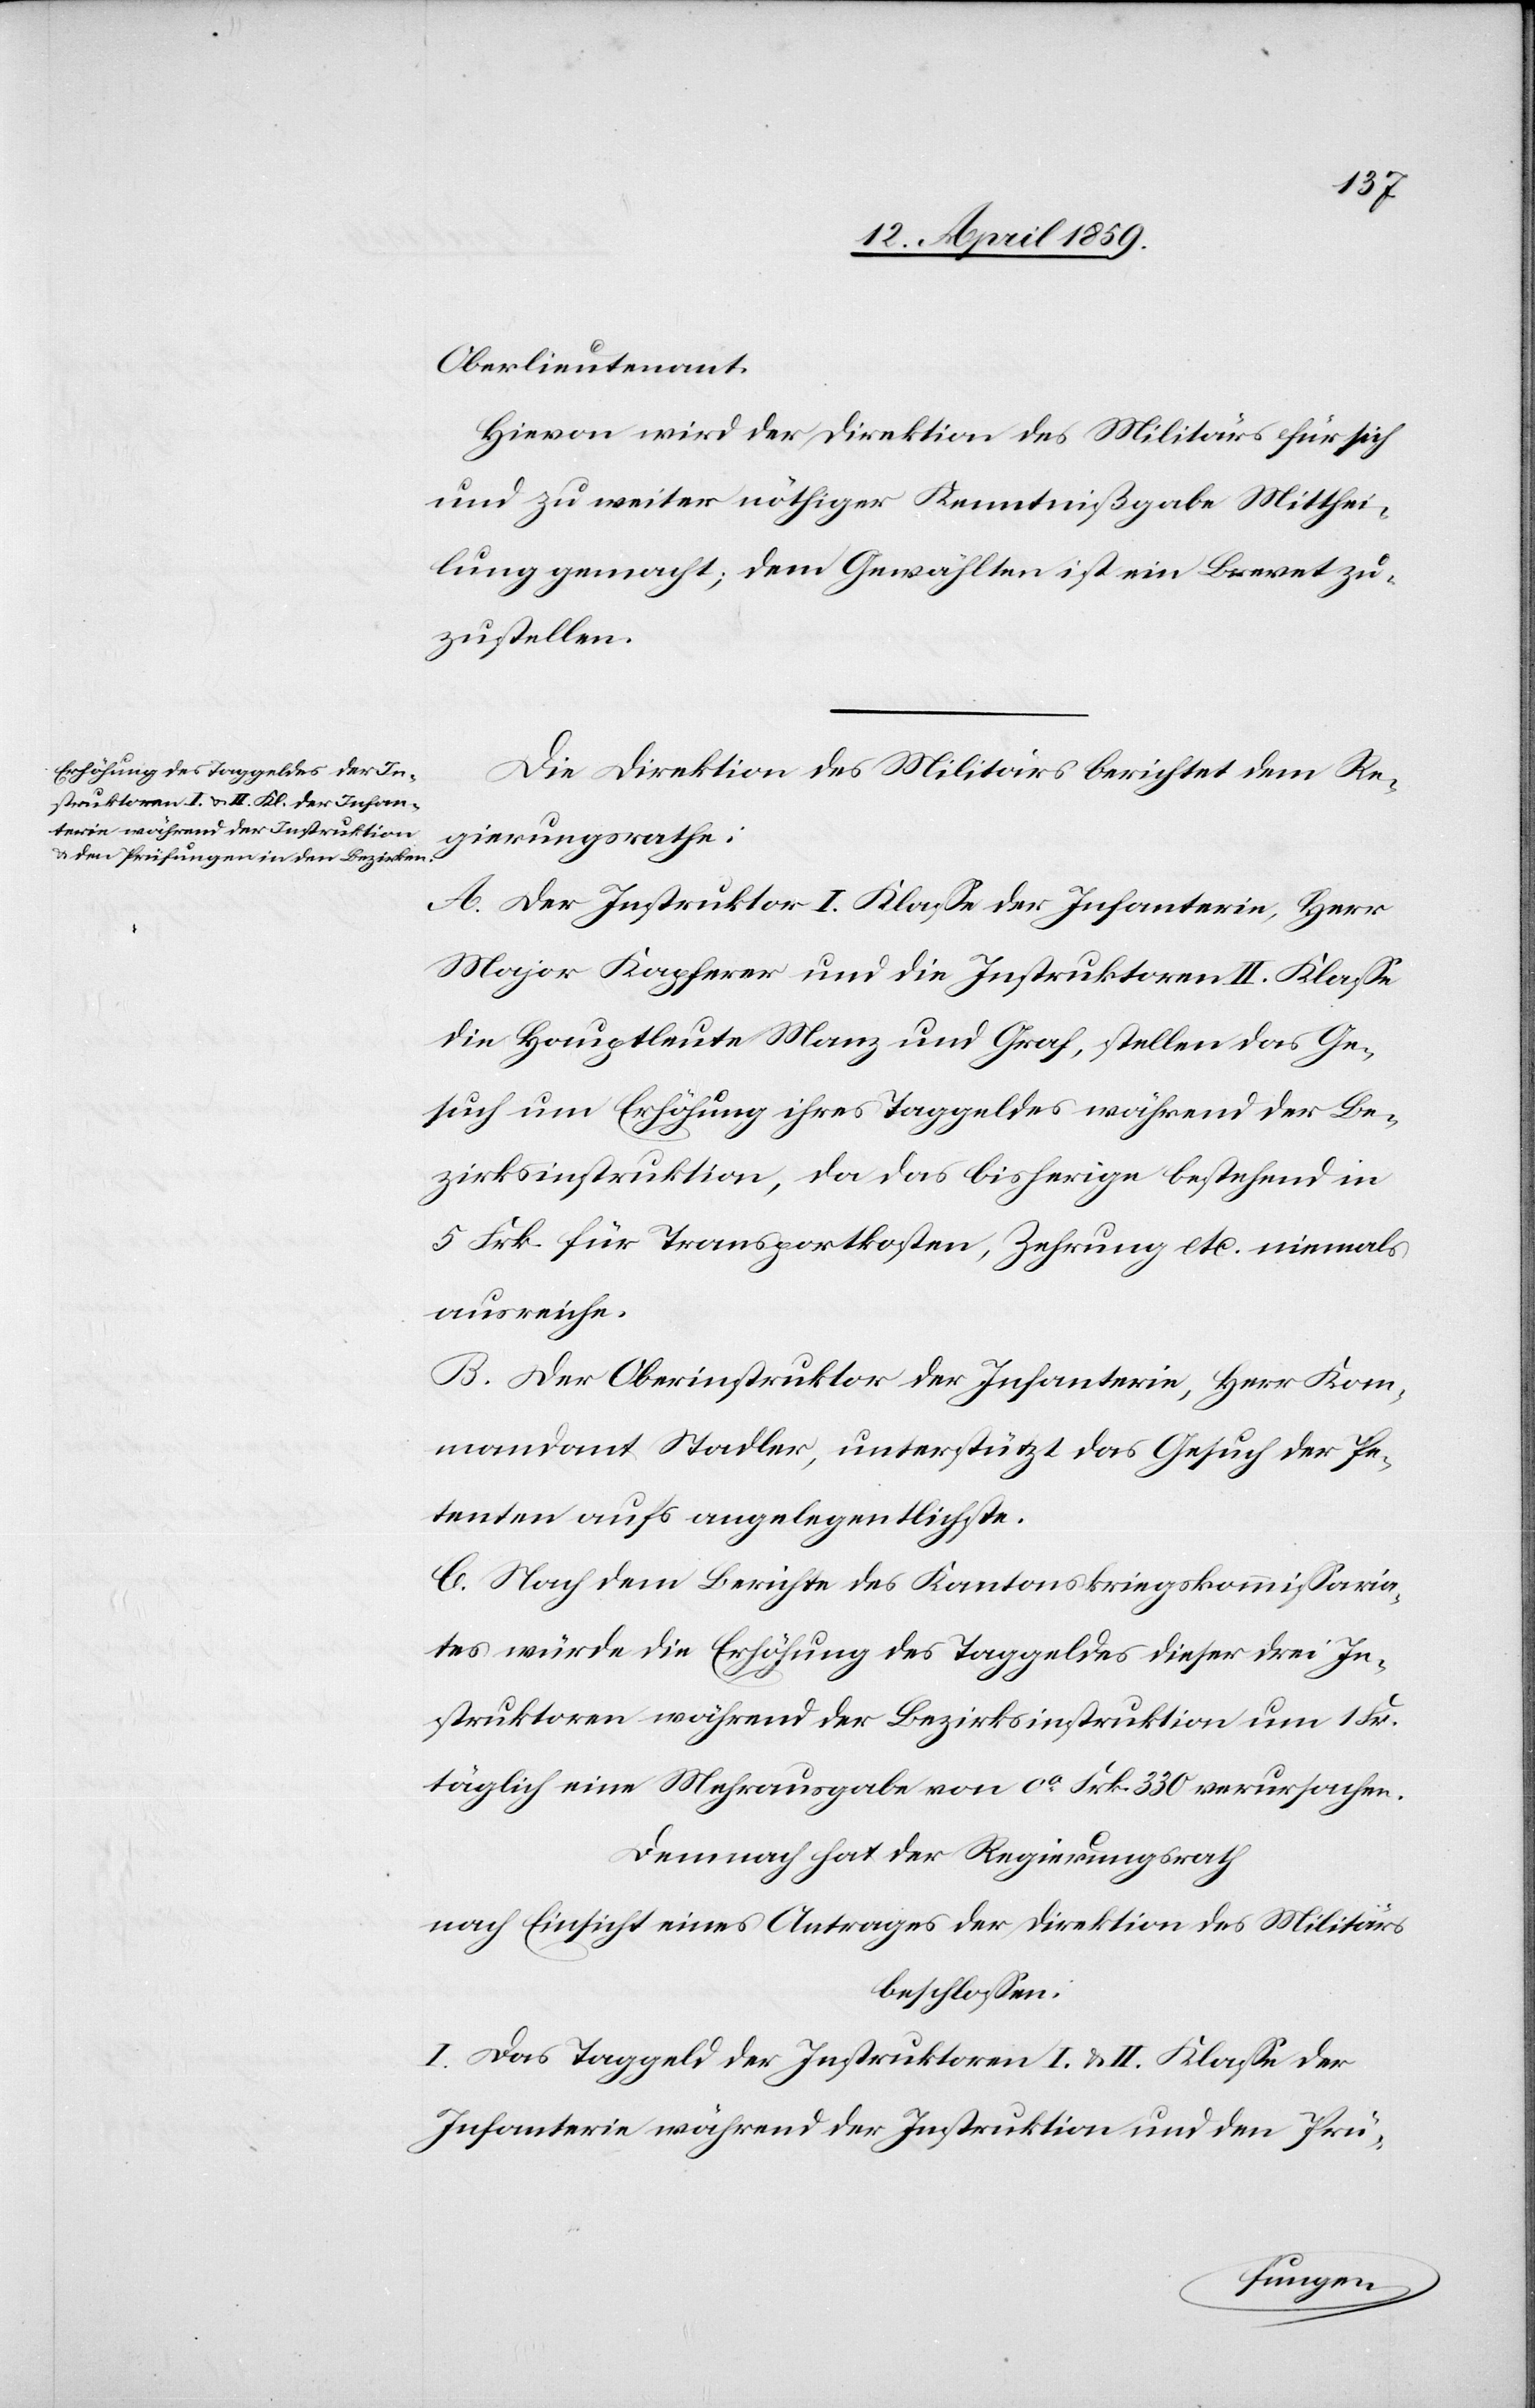
Oberlieutenant.
Hievon wird der Direktion des Militärs für sich
und zu weiter nöthiger Kenntnißgabe Mitthei¬
lung gemacht; dem Gewählten ist ein Brevet zu¬
zustellen.
Die Direktion des Militärs berichtet dem Re¬
gierungsrathe:
A. Der Instruktor I. Klaße der Infanterie, Herr
Major Kapferer und die Instruktoren II. Klaße
die Hauptleute Manz und Graf, stellen das Ge¬
such um Erhöhung ihres Taggeldes während der Be¬
zirksinstruktion, da das bisherige bestehend in
5 Frk. für Transportkosten, Zehrung etc. niemals
ausreiche.
B. Der Oberinstruktor der Infanterie, Herr Kom¬
mandant Stadler, unterstützt das Gesuch der Pe¬
tenten aufs angelegentlichste.
C. Nach dem Berichte des Kantonskriegskommißaria¬
tes würde die Erhöhung des Taggeldes dieser drei In¬
struktoren während der Bezirksinstruktion um 1 Fr.
täglich eine Mehrausgabe von ca Frk. 330 verursachen.
Demnach hat der Regierungsrath
nach Einsicht eines Antrages der Direktion des Militärs
beschloßen:
I. Das Taggeld der Instruktoren I. & II. Klaße der
Infanterie während der Instruktion und den Prü-